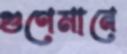
গুণেমানে